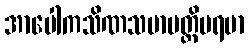
အာပေါကသိဏသမာပတ္တိပရမာ